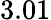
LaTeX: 3.01